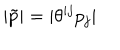
| \tilde { p } | = | \theta ^ { i j } p _ { j } |